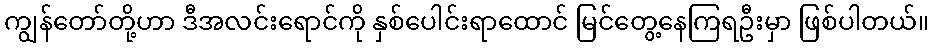
ကျွန်တော်တို့ဟာ ဒီအလင်းရောင်ကို နှစ်ပေါင်းရာထောင် မြင်တွေ့နေကြရဦးမှာ ဖြစ်ပါတယ်။